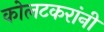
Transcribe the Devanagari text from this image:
कोलटकरांनी